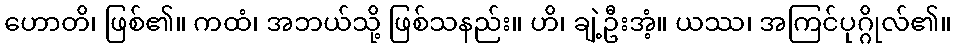
ဟောတိ၊ ဖြစ်၏။ ကထံ၊ အဘယ်သို့ ဖြစ်သနည်း။ ဟိ၊ ချဲ့ဦးအံ့။ ယဿ၊ အကြင်ပုဂ္ဂိုလ်၏။